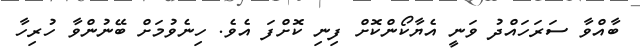
ބާއްވާ ސަރަހައްދު ވަނީ އެޔާކޯންކޮށް ފިނި ކޮށްފަ އެވެ. ހިނެވުމަށް ބޭނުންވާ ހުރިހާ